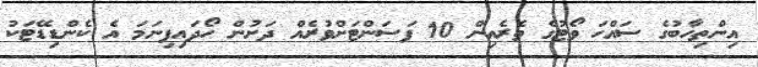
އިންތިހާބުގެ ސައްހަ ވޯޓުގެ ތެރެއިން 10 ޕަސަންޓަށްވުރެއް ދަށުން ހޯދައިފިނަމަ އެ ކެންޑިޑޭޓަކު